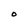
Character: O